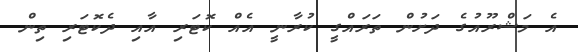
އެ މަޝްރޫއުގެ ދަށުން ތަރައްގީ ކުރާނީ އެއް ކޮޓަރި އާއި ދެކޮޓަރި ތިން